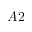
A 2